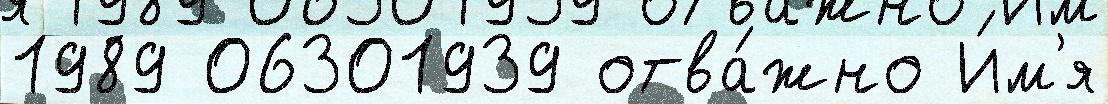
1989 06301939 отва́жно И́м'я